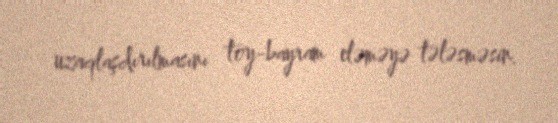
uzaqlaşdırılmasını toy-bayram eləməyə tələsməsin.